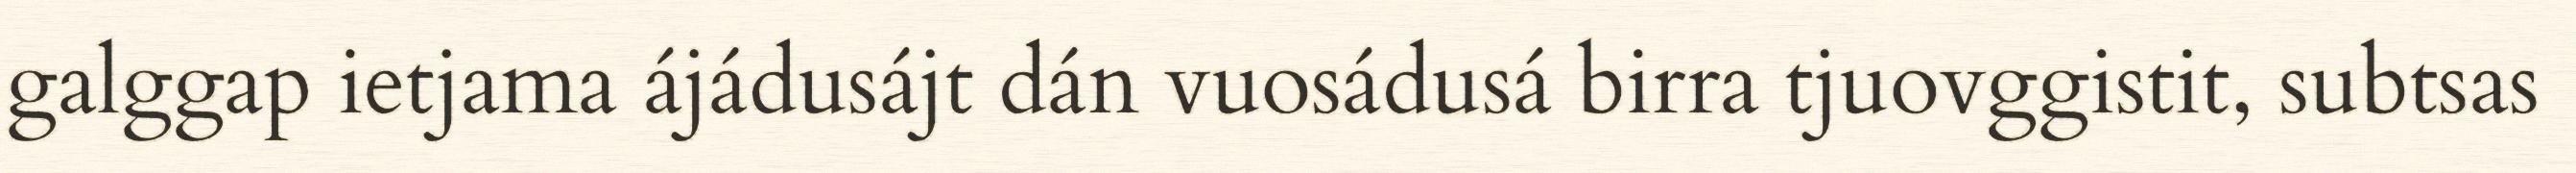
galggap ietjama ájádusájt dán vuosádusá birra tjuovggistit, subtsas